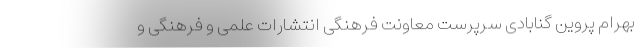
بهرام پروین گنابادی سرپرست معاونت فرهنگی انتشارات علمی و فرهنگی و